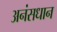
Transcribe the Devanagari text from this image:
अनंसधान